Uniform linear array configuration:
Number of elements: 12
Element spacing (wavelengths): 0.25
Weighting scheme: binomial
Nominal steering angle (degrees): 45
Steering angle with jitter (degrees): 43.093
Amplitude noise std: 0.05
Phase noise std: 0.05

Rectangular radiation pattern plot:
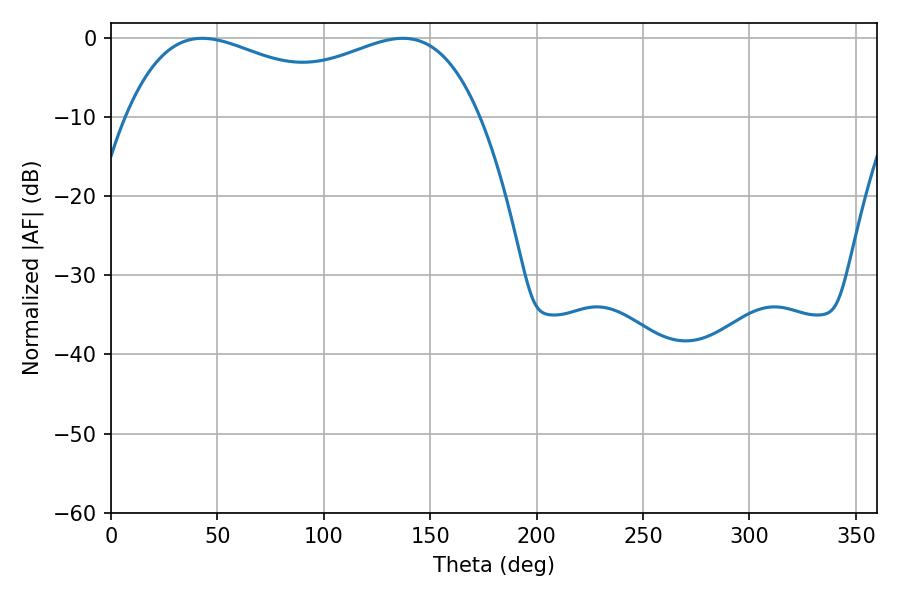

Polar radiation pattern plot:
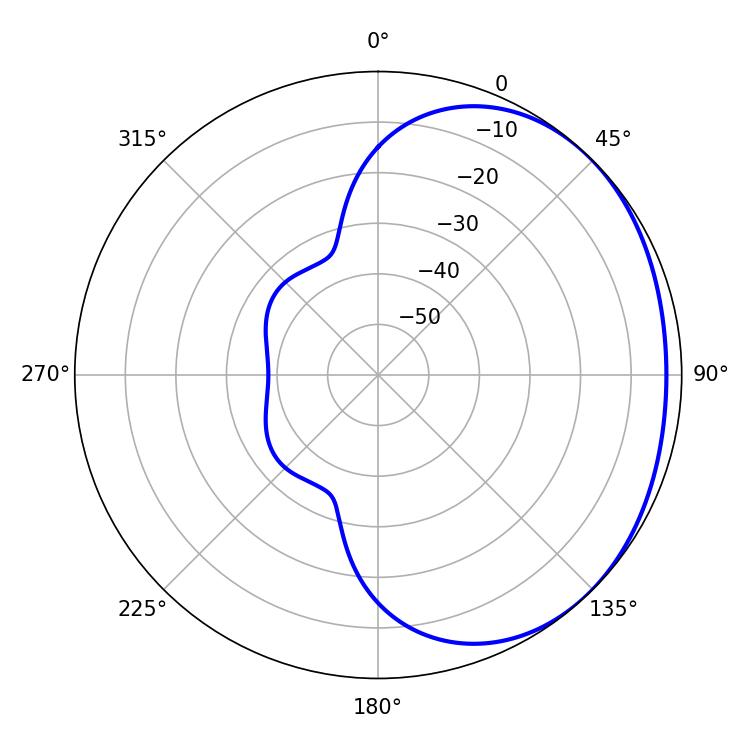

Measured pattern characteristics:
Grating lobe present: FALSE
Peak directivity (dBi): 1.562
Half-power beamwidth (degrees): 66.06
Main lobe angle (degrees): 42.84